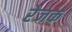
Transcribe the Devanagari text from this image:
रेजक